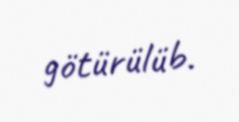
götürülüb.